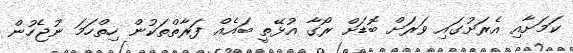
ކަމަށާއި އެރަށުގައި ވަރަށް ބޮޑަށް ރޯގާ އުޅޭތީ ބައެއް ފަރާތްތަކުން ހިތްހަމަ ނުޖެހުން